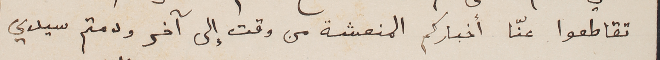
تقاطعوا عنّا أخباركم المنعشة من وقت إلى آخر ودمتم سيدي